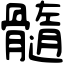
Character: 髓